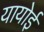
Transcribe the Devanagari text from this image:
यायोई